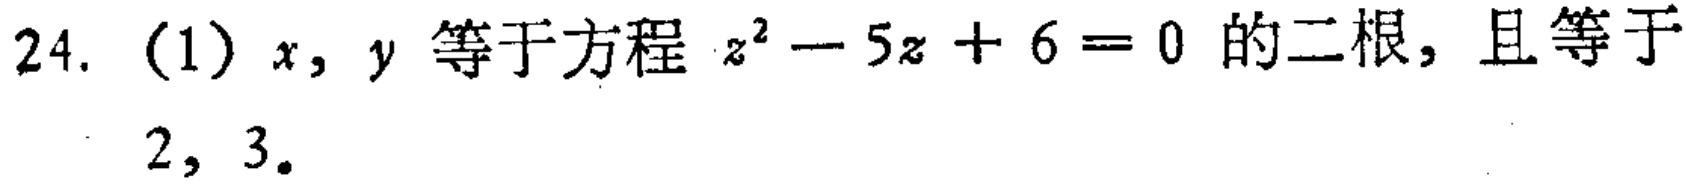
24. (1) \(x,y\) 等于方程 \(z^{2}-5z + 6 = 0\) 的二根，且等于 \(2,3\)。